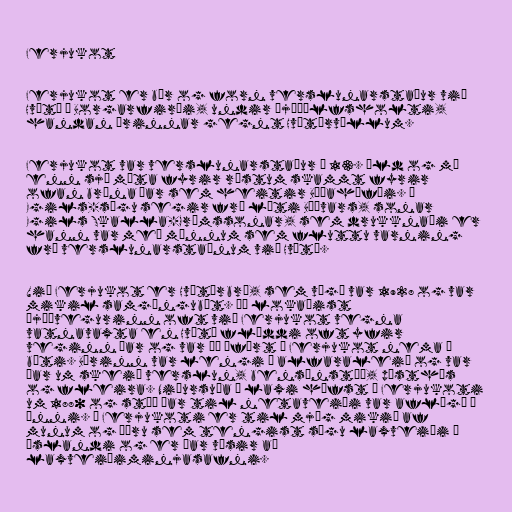
Ferjukot

Ferjukot er bær og forn verslunarstaður við
Hvítá í Borgarfirði, undir Þjóðólfsholti,
handan árinnar gegnt Hvítárvöllum.

Ferjukot var verslunarstaður á 13. öld og má
enn sjá móta fyrir rústum skammt fyrir
ofan brúna þar sem heitir Búðahöfði. Í
Egils-sögu segir frá láti Böðvars, sonar
Egils Skalla-Grímssonar, sem drukknaði er
hann var með mönnum sem fluttu varning
frá verslunarstaðnum við Hvítá.

Við Ferjukot er Hvítárbrú, sem vígð var 1928 og var
mikil samgöngubót. Þó lokaðist
þjóðvegurinn oft við Ferjukot vegna
vatnavaxta en Hvítá flæddi oft yfir
veginn þar og var þá ófært í Ferjukot nema á
báti. Bærinn var lengi í alfaraleið og var
þar um skeið verslun, bensínstöð, pósthús
og fleira. Niðursuða á laxi hófst í Ferjukoti
um 1880 og stóð þar til netaveiði var aflögð í
ánni. Í Ferjukoti er til mjög mikið af
munum og öðru sem tengist sögu laxveiði á
Íslandi og er þar vísir að
laxveiðiminjasafni.